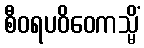
စီဝရပဝိဝေကသ္မိံ